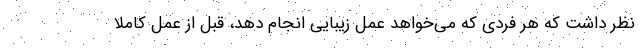
نظر داشت که هر فردی که می‌خواهد عمل زیبایی انجام دهد، قبل از عمل کاملا